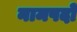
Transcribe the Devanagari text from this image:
नामपदो